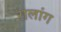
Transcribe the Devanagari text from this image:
रालांग